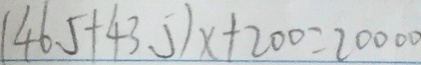
( 4 6 . 5 + 4 3 . 5 ) x + 2 0 0 = 2 0 0 0 0